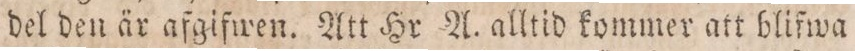
del den är afgifwen. Att Hr A. alltid kommer att blifwa